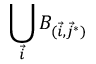
\bigcup _ { \vec { i } } B _ { ( \vec { i } , \vec { j } ^ { * } ) }